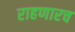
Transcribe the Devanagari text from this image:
राहणारच